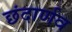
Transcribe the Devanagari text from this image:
छंदार्णव